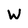
Character: W